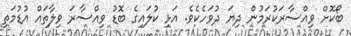
ބޯކޮށް ވިއްސާރަކުރަމުން ދިޔަ ދުވަހެކެވެ. އަޅި ކުލައިގެ ބޮޑު ވިއްސާރަ ވިލާތައް އުޑުމަތި